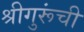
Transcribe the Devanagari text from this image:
श्रीगुरूंची